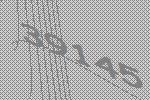
39145